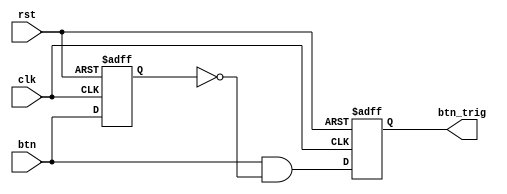
`timescale 1ns / 1ps
//////////////////////////////////////////////////////////////////////////////////
// Company: 
// Engineer: 
// 
// Design Name: 
// Module Name: DAC
// Project Name: 
// Target Devices: 
// Tool Versions: 
// Description: 
// 
// Dependencies: 
// 
// Revision:
// Revision 0.01 - File Created
// Additional Comments:
// 
//////////////////////////////////////////////////////////////////////////////////
module oneshot_universal(clk, rst, btn, btn_trig);
parameter WIDTH = 1;
input clk, rst;
input[WIDTH-1:0] btn;
reg [WIDTH-1:0] btn_reg;
output reg [WIDTH-1:0] btn_trig;

always @(negedge rst or posedge clk) begin
if(!rst) begin
btn_reg <= {WIDTH{1'b0}};
btn_trig <= {WIDTH{1'b0}};
end
else begin
btn_reg <= btn;
btn_trig <= btn & ~btn_reg;
end
end
endmodule

module DAC(clk, rst, btn, add_sel, dac_csn, dac_ldacn, dac_wrn, dac_a_b, dac_d, led_out);
input clk, rst;
input[8:0] btn;
input add_sel;
output reg dac_csn, dac_ldacn, dac_wrn, dac_a_b;
output reg [7:0] dac_d;
output reg [7:0] led_out;

reg [7:0] dac_d_temp;
reg [7:0] cnt;
wire [8:0] btn_t;

reg [1:0] state;

parameter DELAY   = 2'b00,
          SET_WRN = 2'b01,
          UP_DATA = 2'b10;
          
oneshot_universal #(.WIDTH(9)) O1(clk, rst, {btn[8:0]}, {btn_t[8:0]});



always @(posedge clk or negedge rst) begin
    if(!rst) begin
        state <= DELAY;
    end
    else begin
        case(state)
            DELAY   : if(cnt == 200) state <= SET_WRN;
            SET_WRN : if(cnt == 50) state <= UP_DATA;
            UP_DATA : if(cnt == 30) state <= DELAY;
        endcase
    end
end

always @(posedge clk or negedge rst) begin
    if(!rst)
        cnt <= 8'b0000_0000;
    else begin
        case(state)
            DELAY :
            if(cnt >= 200) cnt <= 0;
            else cnt <= cnt + 1;
        SET_WRN :
            if(cnt >= 50) cnt <= 0;
            else cnt <= cnt + 1;
        UP_DATA :
            if(cnt >= 30) cnt <= 0;
            else cnt <= cnt + 1;
        endcase
    end
end

always @(posedge clk or negedge rst) begin
    if(!rst) begin
        dac_wrn <= 1;
    end
    else begin
        case(state)
          DELAY   :
           dac_wrn <= 1;
           SET_WRN :
           dac_wrn <= 0;
           UP_DATA :
          dac_d <= dac_d_temp;
        endcase
    end
end

always @(posedge clk or negedge rst) begin
    if(!rst) begin
        dac_d_temp <= 8'b0000_0000;
        led_out <= 8'b0101_0101;
    end
    else begin
        if(btn_t == 9'b100000000) dac_d_temp <= dac_d_temp - 8'b0000_0001;
        else if(btn_t == 9'b010000000) dac_d_temp <= dac_d_temp;
        else if(btn_t == 9'b001000000) dac_d_temp <= dac_d_temp + 8'b0000_0001;
        else if(btn_t == 9'b000100000) dac_d_temp <= dac_d_temp - 8'b0000_0010;
        else if(btn_t == 9'b000010000) dac_d_temp <= dac_d_temp;
        else if(btn_t == 9'b000001000) dac_d_temp <= dac_d_temp + 8'b0000_0010;
        else if(btn_t == 9'b000000100) dac_d_temp <= dac_d_temp - 8'b0000_1000;
        else if(btn_t == 9'b000000010) dac_d_temp <= dac_d_temp;
        else if(btn_t == 9'b000000001) dac_d_temp <= dac_d_temp + 8'b0000_1000;
        led_out <= dac_d_temp;
    end
end

always @(posedge clk) begin
    dac_csn <= 0;
    dac_ldacn <= 0;
    dac_a_b <= add_sel;
end
endmodule